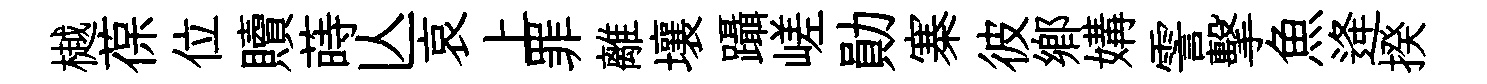
樾葆位贖蒔亾哀上罪離壤躡嵯勛寨彼鄉媾霅擊魚逄揆